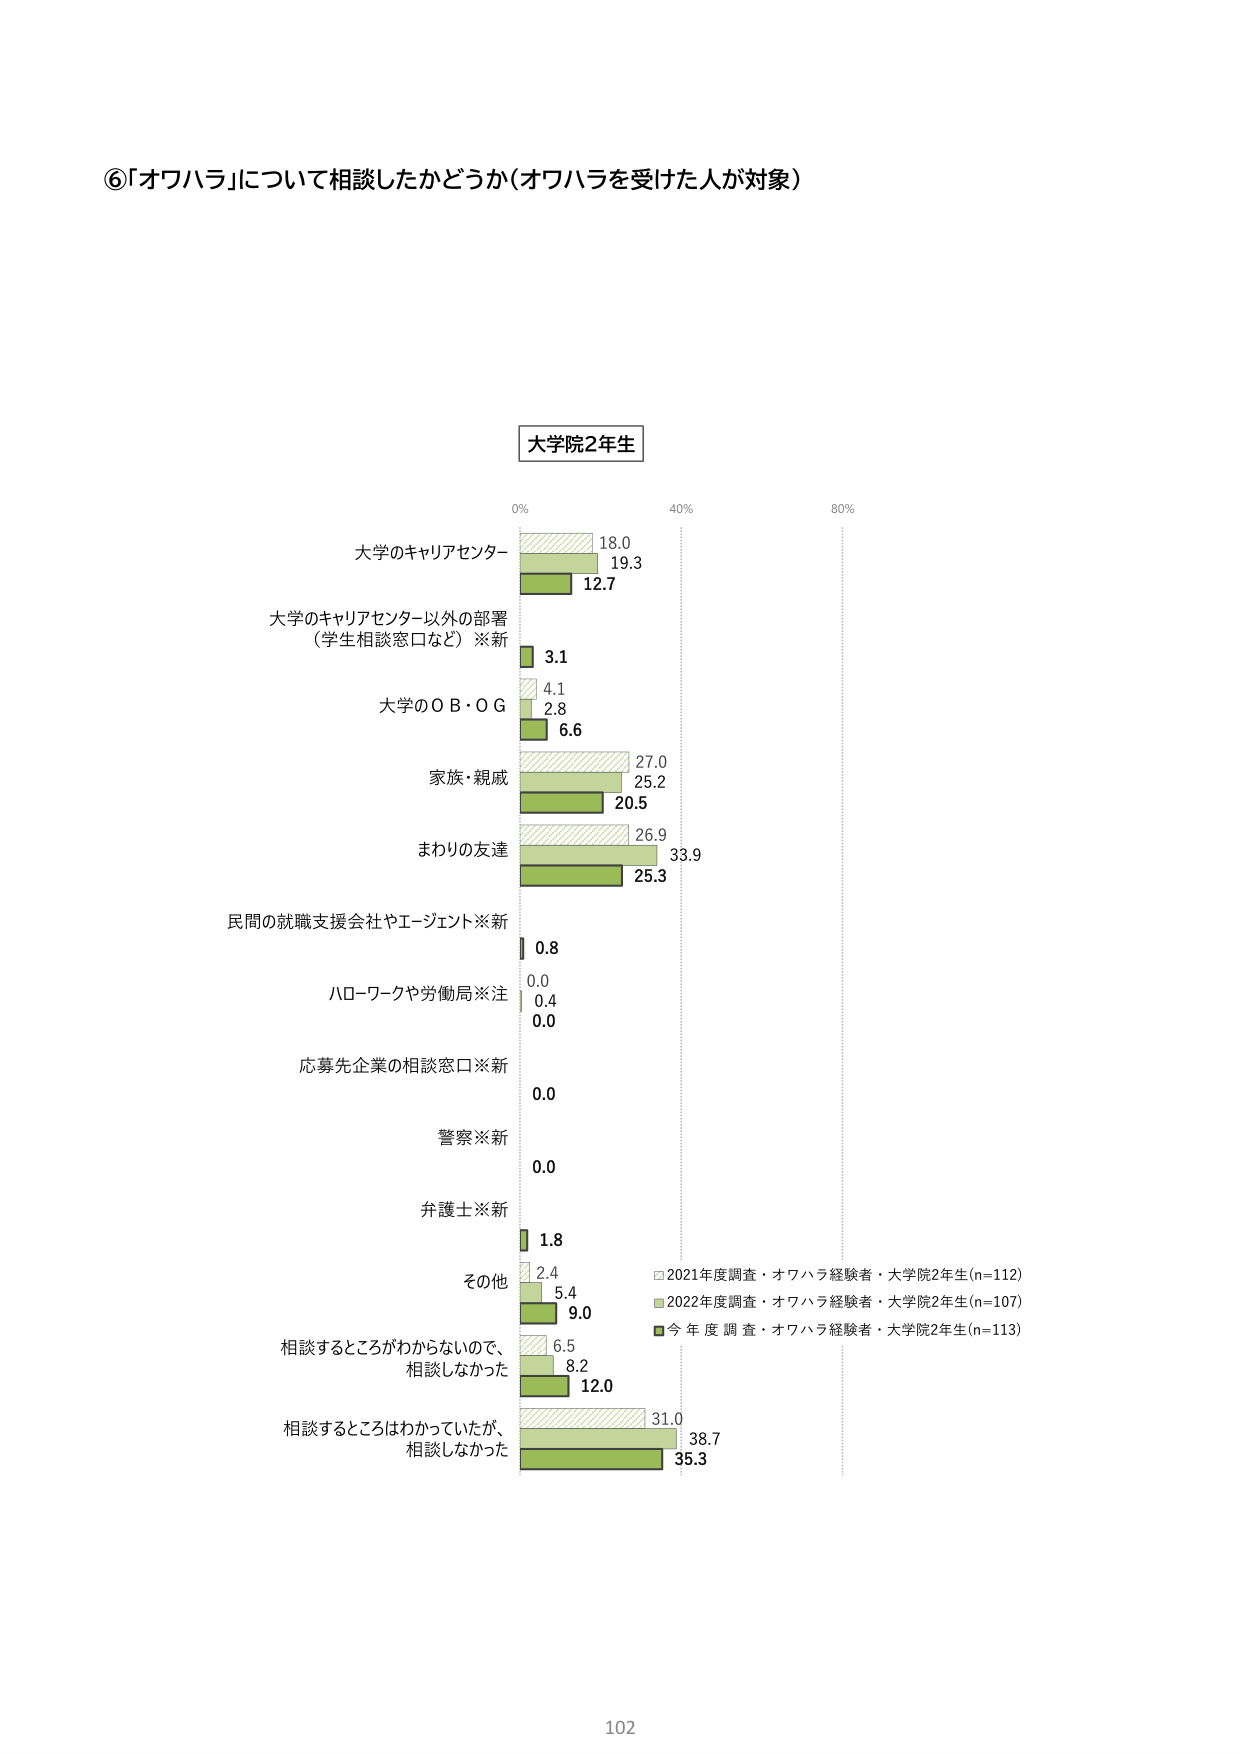
⑥「オワハラ」について相談したかどうか（オワハラを受けた人が対象）

大学院2年生

0% 40% 80%

大学のキャリアセンター
18.0
19.3
12.7

大学のキャリアセンター以外の部署
（学生相談窓口など）※新
3.1
4.1
2.8
6.6

大学のＯＢ・ＯＧ

家族・親戚
27.0
25.2
20.5

まわりの友達
26.9
33.9
25.3

民間の就職支援会社やエージェント※新
0.8

ハローワークや労働局※注
0.0
0.4
0.0

応募先企業の相談窓口※新
0.0

警察※新
0.0

弁護士※新
1.8

その他
2.4
5.4
9.0

相談するところがわからないので、
相談しなかった
6.5
8.2
12.0

相談するところはわかっていたが、
相談しなかった
31.0
38.7
35.3

□ 2021年度調査・オワハラ経験者・大学院2年生(n=112)
■ 2022年度調査・オワハラ経験者・大学院2年生(n=107)
■ 今年度調査・オワハラ経験者・大学院2年生(n=113)

102